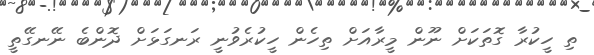
ތި ހީކުރާ ގޮތަކަށް ނޫން މީރާއަށް ތިހެން ހީކުރެވުނީ ރަނގަޅަށް ދޮންބެ ނޭނގޭތީ